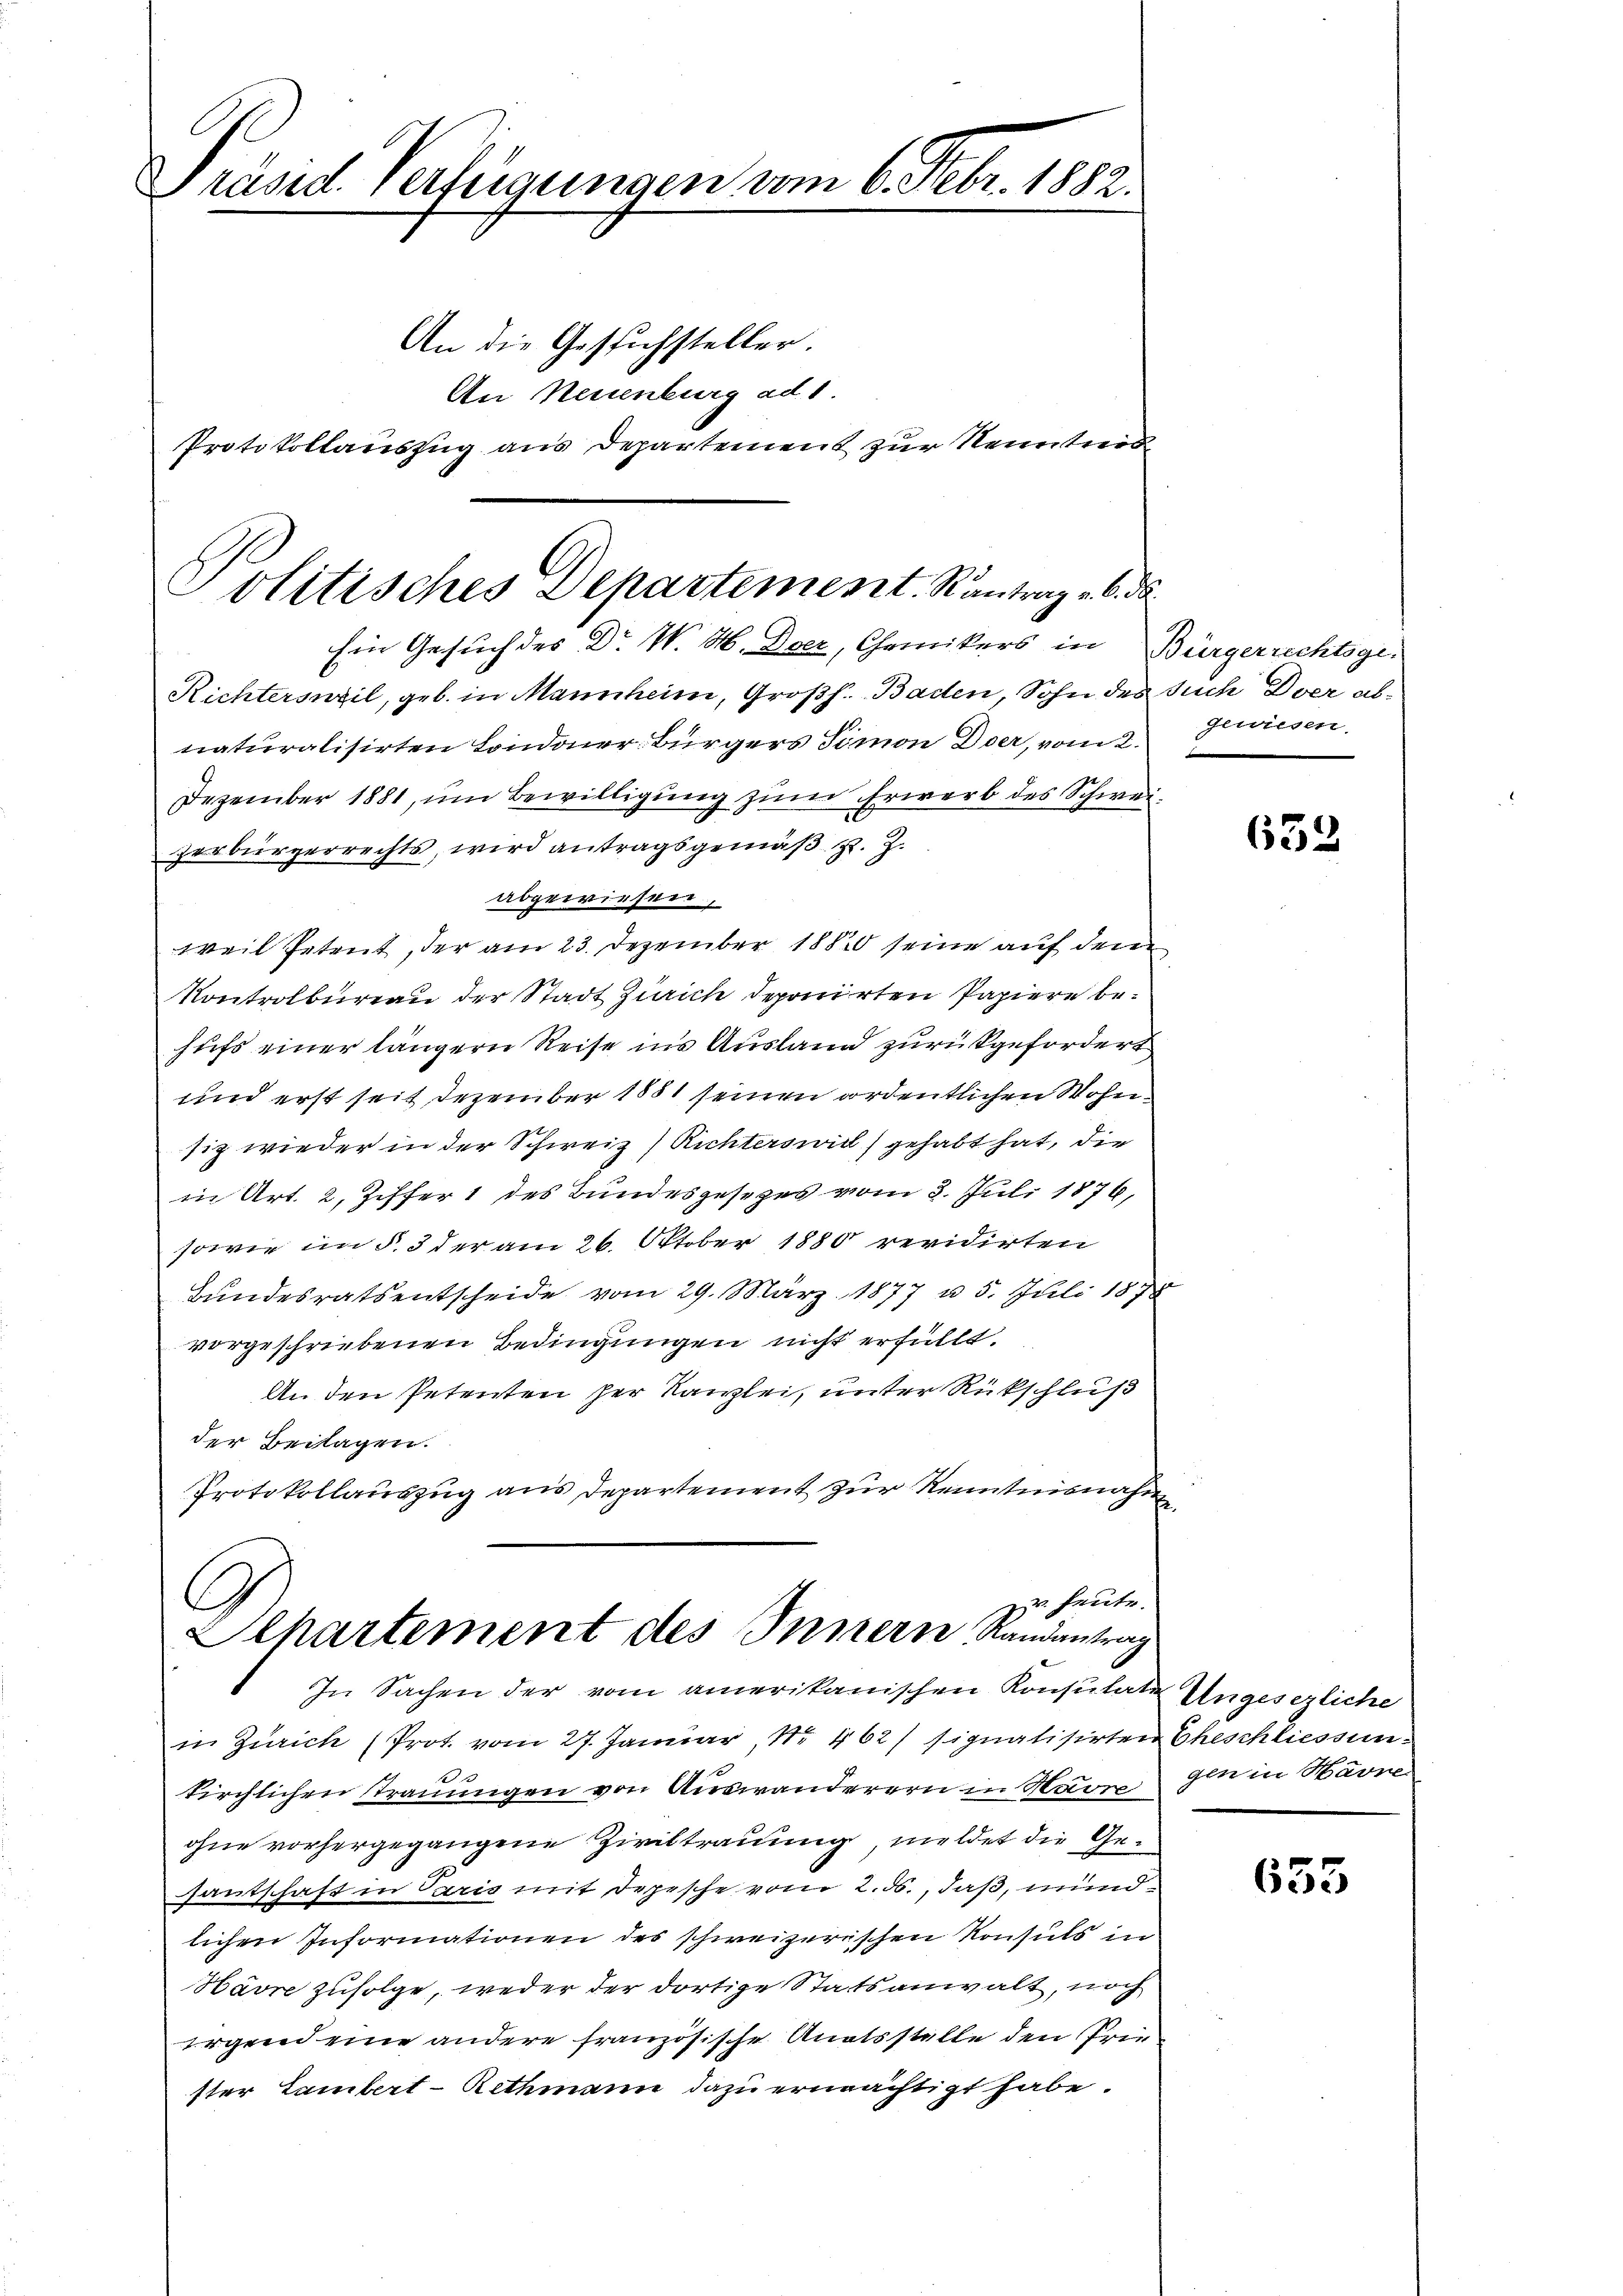
C
Präsid. Verfügungen vom 6. Febr. 1882.
An die Gesuchsteller.
An Neuenburg ad 1.
Protokollauszug aus Departement zur Kenntnis

Politisches Departement. Rantrag v. 6. d

Ein Gesuch des Dr. W. H. Dser, Chemikers in Bürgerrechtsge-
Richtersweil, geb. in Mannheim, Großh. Baden, Sohn des Such Dver abnaturalisirten Londoner Bürgers Timon Doer, vom 2.
Dezember 1881, um Bewilligung zum Erwerb des Schweizerbürgerrechts, wird antragsgemäβ z. Z.
abgewiesen,
weil Petent, der am 23. Dezember 1882 seine auf dem
Kontrolbureau der Stadt Zürich deponirten Papiere behufs einer längern Reise ins Ausland zurückgefordert
und erst seit Dezember 1881 seinen ordentlichen Wohnsiz wieder in der Schweiz) Richterswiel) gehabt hat, die
in Art. 2, Ziffer 1 des Bundesgesezes vom 3. Juli 1876,
sowie im §. 3 der am 26. Oktober 1880 revidirten
Bundesrats entscheide vom 29. März 1877 u. 5. Juli 1878
vorgeschriebenen Bedingungen nicht erfüllt.
An den Petenten der Kanzlei, unter Rückschluß
der Beilagen.
Protokollauszug aus Departement zur Kenntnisnahm

G
zu heute.
Ilhartement des Innern Randantrag
In Sachen der vom amerikanischen Konsulate

gewiesen.

in Zürich (Prot. vom 27. Januar, No 462/ signatisirten Eheschliessun¬
3
kirchlichen Trauungen von Auswanderern in Havre
ohne vorhergegangene Ziviltrauung, meldet die Gesantschaft in Paris mit Depesche vom 2. ds., daß, mundlichen Informationen des schweizerischen Konsuls in
Härre zufolge, weder der dortige Statsanwalt, noch
Ergrend eine andere französische Anatsstelle den Priester Lambert-Rethmann dazu ernächtigt habe.

653

Ungesezliche
gen in Harne

655